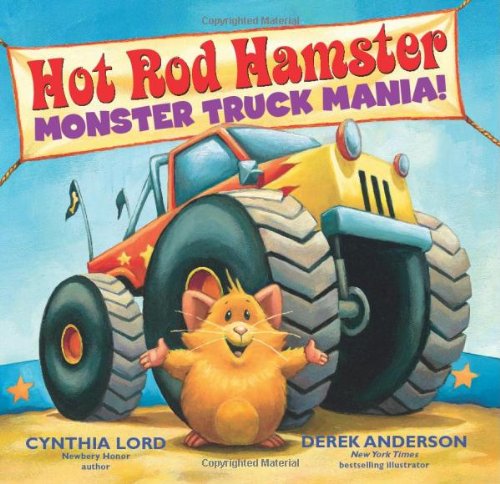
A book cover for Hot Rod Hamster: Monster Truck Mania!; Cynthia Lord; Children's Books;